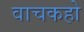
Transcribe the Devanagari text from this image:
वाचकहो